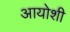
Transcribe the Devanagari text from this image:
आयोशी